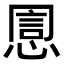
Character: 𢝯